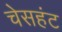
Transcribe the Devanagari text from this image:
चेसहंट